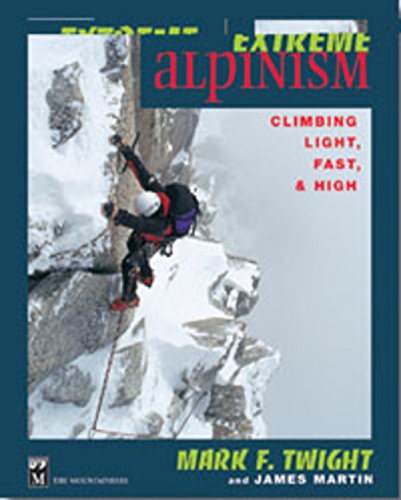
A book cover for Extreme Alpinism: Climbing Light, Fast, and High; Mark F. Twight; Sports & Outdoors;